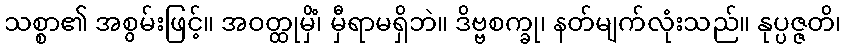
သစ္စာ၏ အစွမ်းဖြင့်။ အဝတ္ထုမှိံ၊ မှီရာမရှိဘဲ။ ဒိဗ္ဗစက္ခု၊ နတ်မျက်လုံးသည်။ နုပ္ပဇ္ဇတိ၊